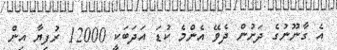
އެ ގާނޫނުގެ ދަށުން ދެވޭ އެންމެ ކުޑަ އަދަބަކީ 12000 ރުފިޔާ އިން